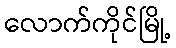
လောက်ကိုင်မြို့